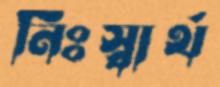
নিঃস্বার্থ